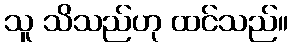
သူ သိသည်ဟု ထင်သည်။